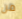
من